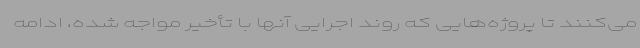
می‌کنند تا پروژه‌هایی که روند اجرایی آنها با تأخیر مواجه شده، ادامه